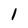
Character: 1